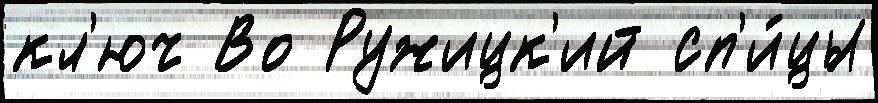
кл'юч Во Ружицк'ий сп'и́цы